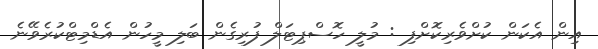
އިން އެކަން ކުށްވެރިކޮށްފި : މުލީ ހޮސްޕިޓަލް ފުރިގެން ބަލި މީހުން އެޑްމިޓްކުރެވޭނެ